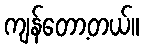
ကျန်တော့တယ်။